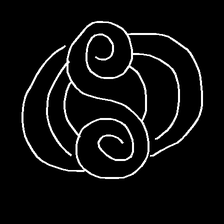
Glyph: wind-underfoot